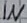
Text: IN